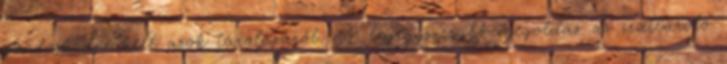
gondoskodni kell azok tárolásáról. A legegyszerűbb megoldás az irattároló